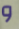
و